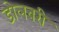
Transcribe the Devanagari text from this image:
डोलबरी